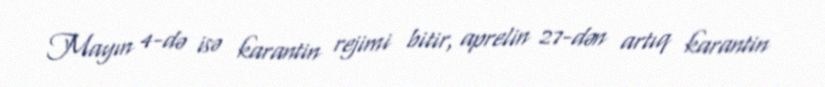
Mayın 4-də isə karantin rejimi bitir, aprelin 27-dən artıq karantin